Annual report on the lock hospitals of the Madras Presidency
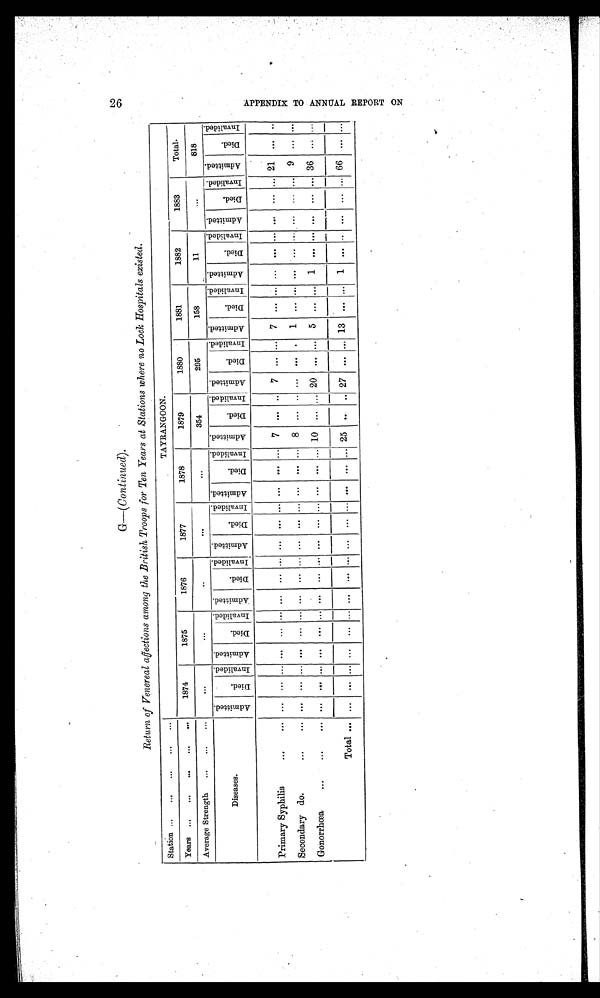
26
G—( Continued) .
Return of Venereal affections among the British Troops for Ten Years at Stations where no Lock Hospitals existed.
Station ... ... ... ... ...
TAYRANGOON.
Years ...
... ...
...
1874
1875
1876
1877
1878
1879
1880
1881
1882
1883
Total.
Average Strength ... ... ...
...
...
...
...
...
354
295
158
11
...
818
Diseases.
A d m i t t e d .
Di e d .
I n v a l i d e d . Ad mi t t e d .
D i e d .
I n v a l i d e d . A d m i t t e d .
D i e d .
I n v a l i d e d . A d m i t t e d .
Di e d .
I n v a l i d e d . A d m i t t e d .
Di e d .
I n v a l i d e d . Ad mi t t e d .
Di e d . I n v a l i d e d .
A d m i t t e d .
Died.
I n v a l i d e d .
A d m i t t e d .
D i e d .
I n v a l i d e d . A d m i t t e d .
D i e d .
I n v a l i d e d . A d m i t t e d .
D i e d .
I nval i ded. A d m i t t e d .
D i e d .
I n v a l i d e d .
Primary Syphilis
... ... ... ... ... ... ... ... ... ... ... ... ... ... ... ... ...
7
... ...
7
... ...
7
... ... ... ... ... ... ... ...
2 1
... ...
Secondary do.
...
... ... ... ... ... ... ... ... ... ... ... ... ... ... ...
8
... ... ... ... ...
1
... ... ... ... ... ... ... ...
9
... ...
Gonorrhœa
...
...
... ... ... ... ... ... ... ... ... ... ... ... ... ... ...
1 0
... ...
2 0
... ...
5
... ...
1 . . . ... ... . . . .. 36
...
..
Total ... ... ... ... ... ... ... ... ... ... ... ... ... ... ... ...
2 5
... ...
2 7
... ...
1 3
... ...
1
... ... ... ... ...
66
...
..
A P P E N D I X T O A N N U A L R E P O R T O N .